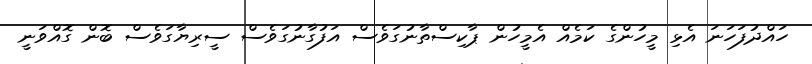
ހައްދުފަހަނަ އެޅި މީހުންގެ ކަމެއް އެމީހުން ޕާކިސްތާނުގަވެސް އަފުގާނުގަވެސް ސީރިޔާގަވެސް ބޮން ގޮއްވަނީ